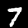
Digit: 7